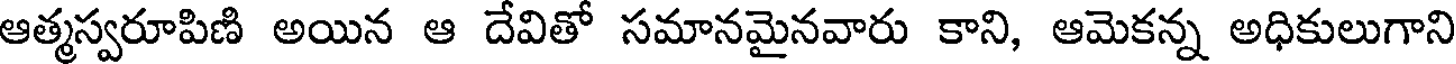
ఆత్మస్వరూపిణి అయిన ఆ దేవితో సమానమైనవారు కాని, ఆమెకన్న అధికులుగాని